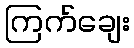
ကြက်ချေး